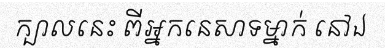
ក្បាលនេះ ពីអ្នកនេសាទម្នាក់ នៅឯ